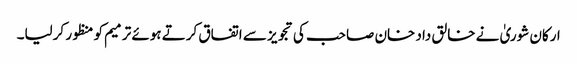
ارکان شوریٰ نے خالق داد خان صاحب کی تجویز سے اتفاق کرتے ہوئے ترمیم کو منظور کرلیا۔